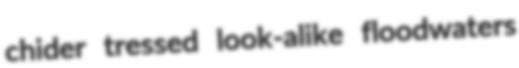
chider tressed look-alike floodwaters